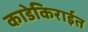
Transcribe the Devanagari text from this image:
काडेकिराईत